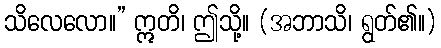
သိလေလော။” ဣတိ၊ ဤသို့။ (အဘာသိ၊ ရွတ်၏။)